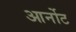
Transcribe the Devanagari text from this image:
आर्नोट